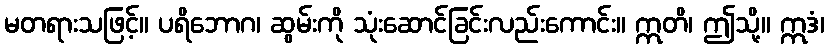
မတရားသဖြင့်။ ပရိဘောဂ၊ ဆွမ်းကို သုံးဆောင်ခြင်းလည်းကောင်း။ ဣတိ၊ ဤသို့။ ဣဒံ၊